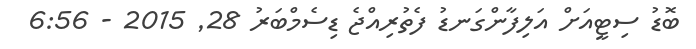
ބޮޑު ސިޓީއަށް އަލިފާންގަނޑު ފެތުރިއްޖެ ޑިސެމްބަރު 28